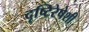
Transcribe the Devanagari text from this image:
दृष्टिरेषेशी